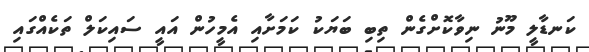
ކަނޑާލީ މޫނު ނިވާކޮށްގެން ތިބި ބަޔަކު ކަމަށާއި އެމީހުން އައީ ސައިކަލް ތަކެއްގައި